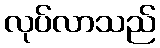
လုပ်လာသည်